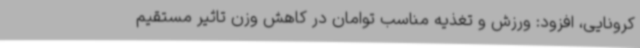
کرونایی، افزود: ورزش و تغذیه مناسب توامان در کاهش وزن تاثیر مستقیم